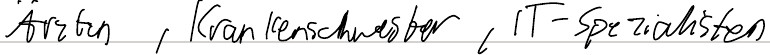
Ärzten, Krankenschwester, IT-Spezialisten